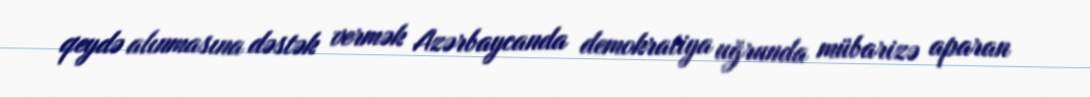
qeydə alınmasına dəstək vermək Azərbaycanda demokratiya uğrunda mübarizə aparan